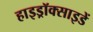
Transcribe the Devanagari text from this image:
हाइड्रॉक्साइडें